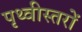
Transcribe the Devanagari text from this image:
पृथ्वीस्तरों